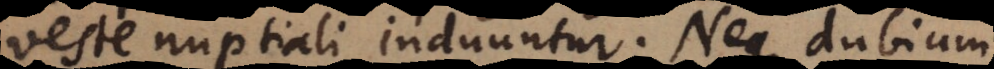
veste nuptiali induuntur. Neque dubium